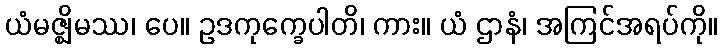
ယံမဇ္ဈိမဿ၊ ပေ။ ဥဒကုက္ခေပါတိ၊ ကား။ ယံ ဌာနံ၊ အကြင်အရပ်ကို။